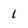
Character: 1